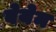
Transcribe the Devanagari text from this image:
बेयेम